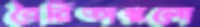
বৈরিতাগুলো